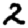
Digit: 2